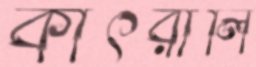
কাৎরালি